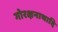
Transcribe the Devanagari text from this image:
गोरक्षनाथादि